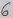
Text: 6